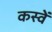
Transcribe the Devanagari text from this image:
कस्वें